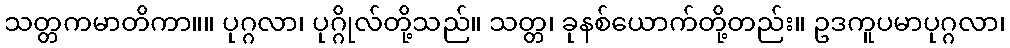
သတ္တကမာတိကာ။။ ပုဂ္ဂလာ၊ ပုဂ္ဂိုလ်တို့သည်။ သတ္တ၊ ခုနစ်ယောက်တို့တည်း။ ဥဒကူပမာပုဂ္ဂလာ၊